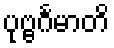
ပုဗ္ဗင်္ဂမာတိ